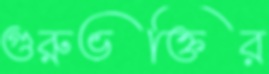
গুরুভক্তির